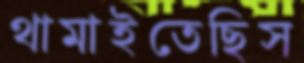
থামাইতেছিস